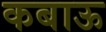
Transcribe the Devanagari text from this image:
कबाऊ